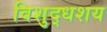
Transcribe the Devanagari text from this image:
विशुद्धशय